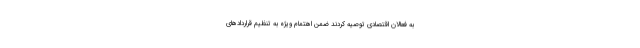
به فعالان اقتصادی توصیه کردند ضمن اهتمام ویژه به تنظیم قراردادهای